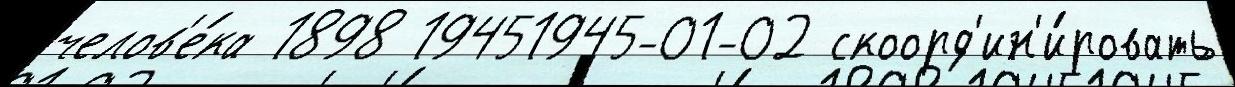
челов'е́ка 1898 19451945-01-02 скоорд'ин'и́ровать